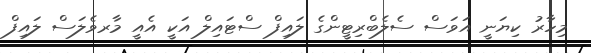
މިހާރު ކިޔަނީ އަވަސް ސެލެބްރިޓީންގެ ލައިފް ސްޓައިލް އަކީ އެއީ މާރވެލަސް ލައިފް